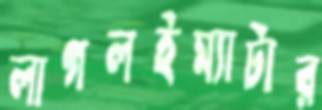
লাগলইম্যাটার